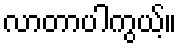
လာတာပါကွယ့်။